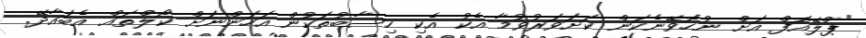
"ޕްލޭއޮފް އަށް ނުހޮވޭނެކަން ކަށަވަރުވުމާ އެކު އެކި ހިސާބުތަކުން އަހަންނަށް ކޯލްތައް އެބައާދޭ.